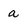
Character: a